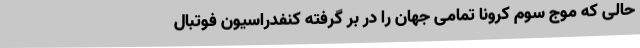
حالی که موج سوم کرونا تمامی جهان را در بر گرفته کنفدراسیون فوتبال